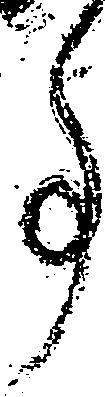
事